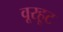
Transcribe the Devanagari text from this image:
वूरहूट